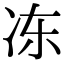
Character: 冻